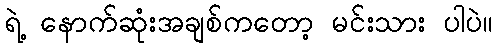
ရဲ့ နောက်ဆုံးအချစ်ကတော့ မင်းသား ပါပဲ။